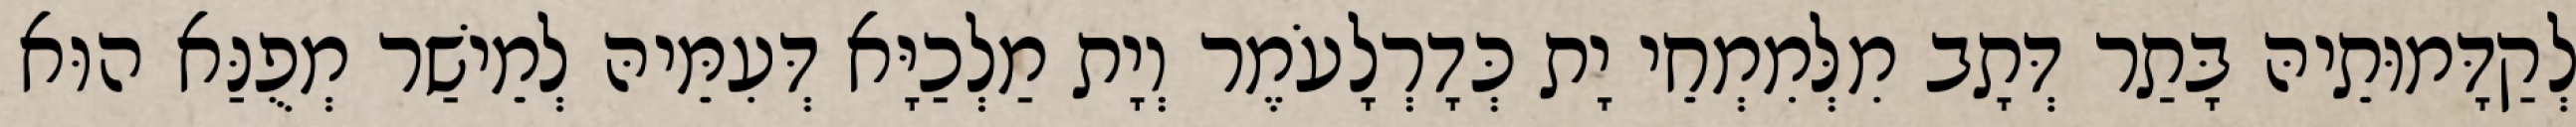
לְקַדָּמוּתֵיהּ בָּתַר דְּתָב מִלְּמִמְחֵי יָת כְּדָרְלָעֹמֶר וְיָת מַלְכַיָּא דְּעִמֵּיהּ לְמֵישַׁר מְפֻנַּא הוּא